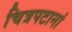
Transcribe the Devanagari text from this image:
चित्रपटानां